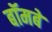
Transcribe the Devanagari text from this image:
बॉमबे